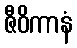
ဇီဝိကာနံ